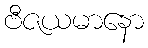
ဗီဇယမာနော